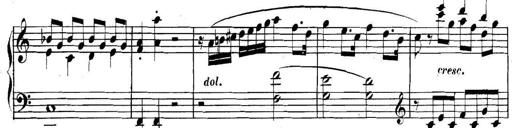
Title: Collected Piano Sonatas
Composer: Muzio Clementi